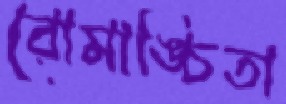
রোমাঙ্চিতা